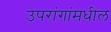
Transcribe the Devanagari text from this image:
उपरांगांमधील